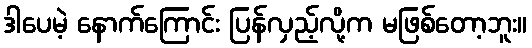
ဒါပေမဲ့ နောက်ကြောင်း ပြန်လှည့်လို့က မဖြစ်တော့ဘူး။